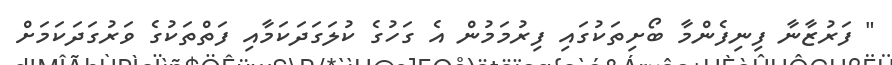
" ފަރުޒާނާ ފިނިފެންމާ ބޯށިތަކުގައި ފިރުމަމުން އެ ގަހުގެ ކުލަގަދަކަމާއި ފަތްތަކުގެ ވަރުގަދަކަމަށް